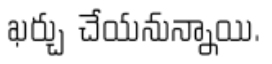
ఖర్చు చేయనున్నాయి.